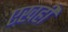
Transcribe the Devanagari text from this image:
एखही